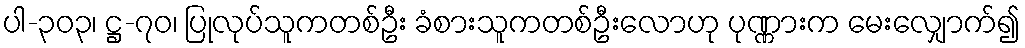
ပါ-၃၀၃၊ ဋ္ဌ-၇၀၊ ပြုလုပ်သူကတစ်ဦး ခံစားသူကတစ်ဦးလောဟု ပုဏ္ဏားက မေးလျှောက်၍